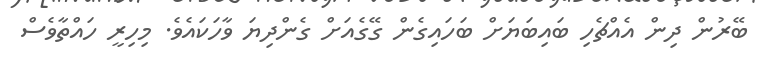
ބޭރުން ދިން އެއްޗެހި ބައިބަޔަށް ބަހައިގެން ގޭގެއަށް ގެންދިޔަ ވާހަކައެވެ. މިހިރީ ހައްތާވެސް